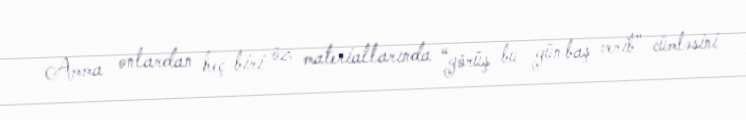
Amma onlardan heç biri öz materiallarında “görüş bu gün baş verib” cümləsini